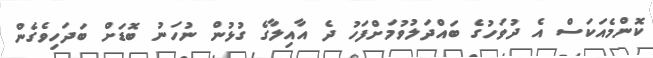
ކޮންމެއަކަސް އެ ދުވަހުގެ ބައްދަލުވުމަށްފަހު ދެ އާއިލާގެ ގުޅުން ނުހަނު ބޮޑަށް ބަދަހިވެގެން